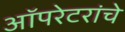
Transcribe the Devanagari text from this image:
ऑपरेटरांचे